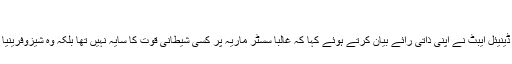
“
یہاں یہ بات بھی قابل ذکر ہے کہ سائنسدان ڈینیئل ایبٹ نے اپنی ذاتی رائے بیان کرتے ہوئے کہا کہ غالباً سسٹر ماریہ پر کسی شیطانی قوت کا سایہ نہیں تھا بلکہ وہ شیزوفرینیا جیسی کسی نفسیاتی بیماری میں مبتلا تھیں۔